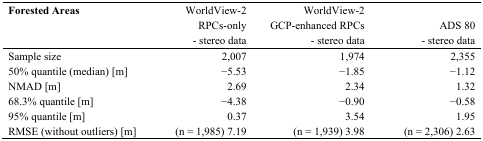
<table><thead><tr><td><b>Forested Areas</b></td><td><b>WorldView-2 RPCs-only - stereo data</b></td><td><b>WorldView-2 GCP-enhanced RPCs - stereo data</b></td><td><b>ADS 80 - stereo data</b></td></tr></thead><tbody><tr><td>Sample size</td><td>2,007</td><td>1,974</td><td>2,355</td></tr><tr><td>50% quantile (median) [m]</td><td>−5.53</td><td>−1.85</td><td>−1.12</td></tr><tr><td>NMAD [m]</td><td>2.69</td><td>2.34</td><td>1.32</td></tr><tr><td>68.3% quantile [m]</td><td>−4.38</td><td>−0.90</td><td>−0.58</td></tr><tr><td>95% quantile [m]</td><td>0.37</td><td>3.54</td><td>1.95</td></tr><tr><td>RMSE (without outliers) [m]</td><td>(n = 1,985) 7.19</td><td>(n = 1,939) 3.98</td><td>(n = 2,306) 2.63</td></tr></tbody></table>